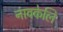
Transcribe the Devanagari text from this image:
नावकेलि